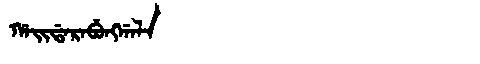
Manchu: ᡥᠠᡳᡩᠠᡵᠠᠪᡠᠩᡤᠠᠯᠠ
Romanization: HAIDARABUNGGALA